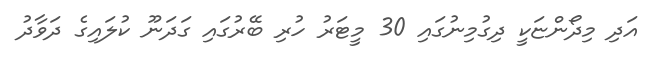
އަދި މިދޯންޏަކީ ދިގުމިނުގައި 30 މީޓަރު ހުރި ބޭރުގައި ގަދަނޫ ކުލައިގެ ދަވާދު